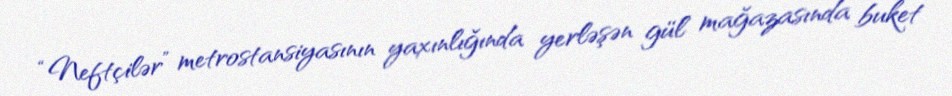
“Neftçilər” metrostansiyasının yaxınlığında yerləşən gül mağazasında buket